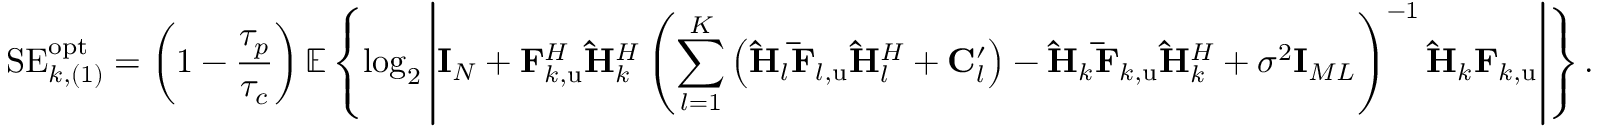
\mathrm { S E } _ { k , ( 1 ) } ^ { \mathrm { o p t } } = \left( 1 - \frac { \tau _ { p } } { \tau _ { c } } \right) \mathbb { E } \left\{ \log _ { 2 } \left| \mathbf { I } _ { N } + \mathbf { F } _ { k , \mathrm { u } } ^ { H } \mathbf { \hat { H } } _ { k } ^ { H } \left( \sum _ { l = 1 } ^ { K } { \left( \mathbf { \hat { H } } _ { l } \mathbf { \bar { F } } _ { l , \mathrm { u } } \mathbf { \hat { H } } _ { l } ^ { H } + \mathbf { C } _ { l } ^ { \prime } \right) } - \mathbf { \hat { H } } _ { k } \mathbf { \bar { F } } _ { k , \mathrm { u } } \mathbf { \hat { H } } _ { k } ^ { H } + \sigma ^ { 2 } \mathbf { I } _ { M L } \right) ^ { - 1 } \mathbf { \hat { H } } _ { k } \mathbf { F } _ { k , \mathrm { u } } \right| \right\} .